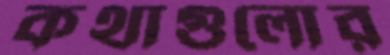
কথাগুলোর